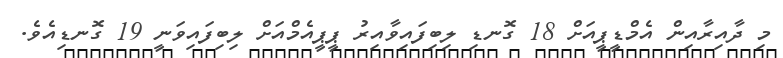
މި ދާއިރާއިން އެމްޑީޕީއަށް 18 ގޮނޑި ލިބިފައިވާއިރު ޕީޕީއެމްއަށް ލިބިފައިވަނީ 19 ގޮނޑިއެވެ.